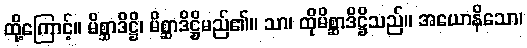
ထို့ကြောင့်။ မိစ္ဆာဒိဋ္ဌိ၊ မိစ္ဆာဒိဋ္ဌိမည်၏။ သာ၊ ထိုမိစ္ဆာဒိဋ္ဌိသည်။ အယောနိသော၊